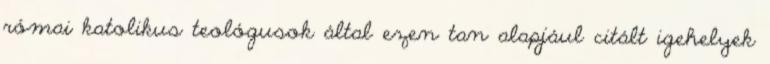
római katolikus teológusok által ezen tan alapjául citált igehelyek